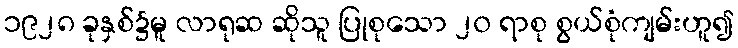
၁၉၂၈ ခုနှစ်၌မူ လာရုဆ ဆိုသူ ပြုစုသော ၂၀ ရာစု စွယ်စုံကျမ်းဟူ၍